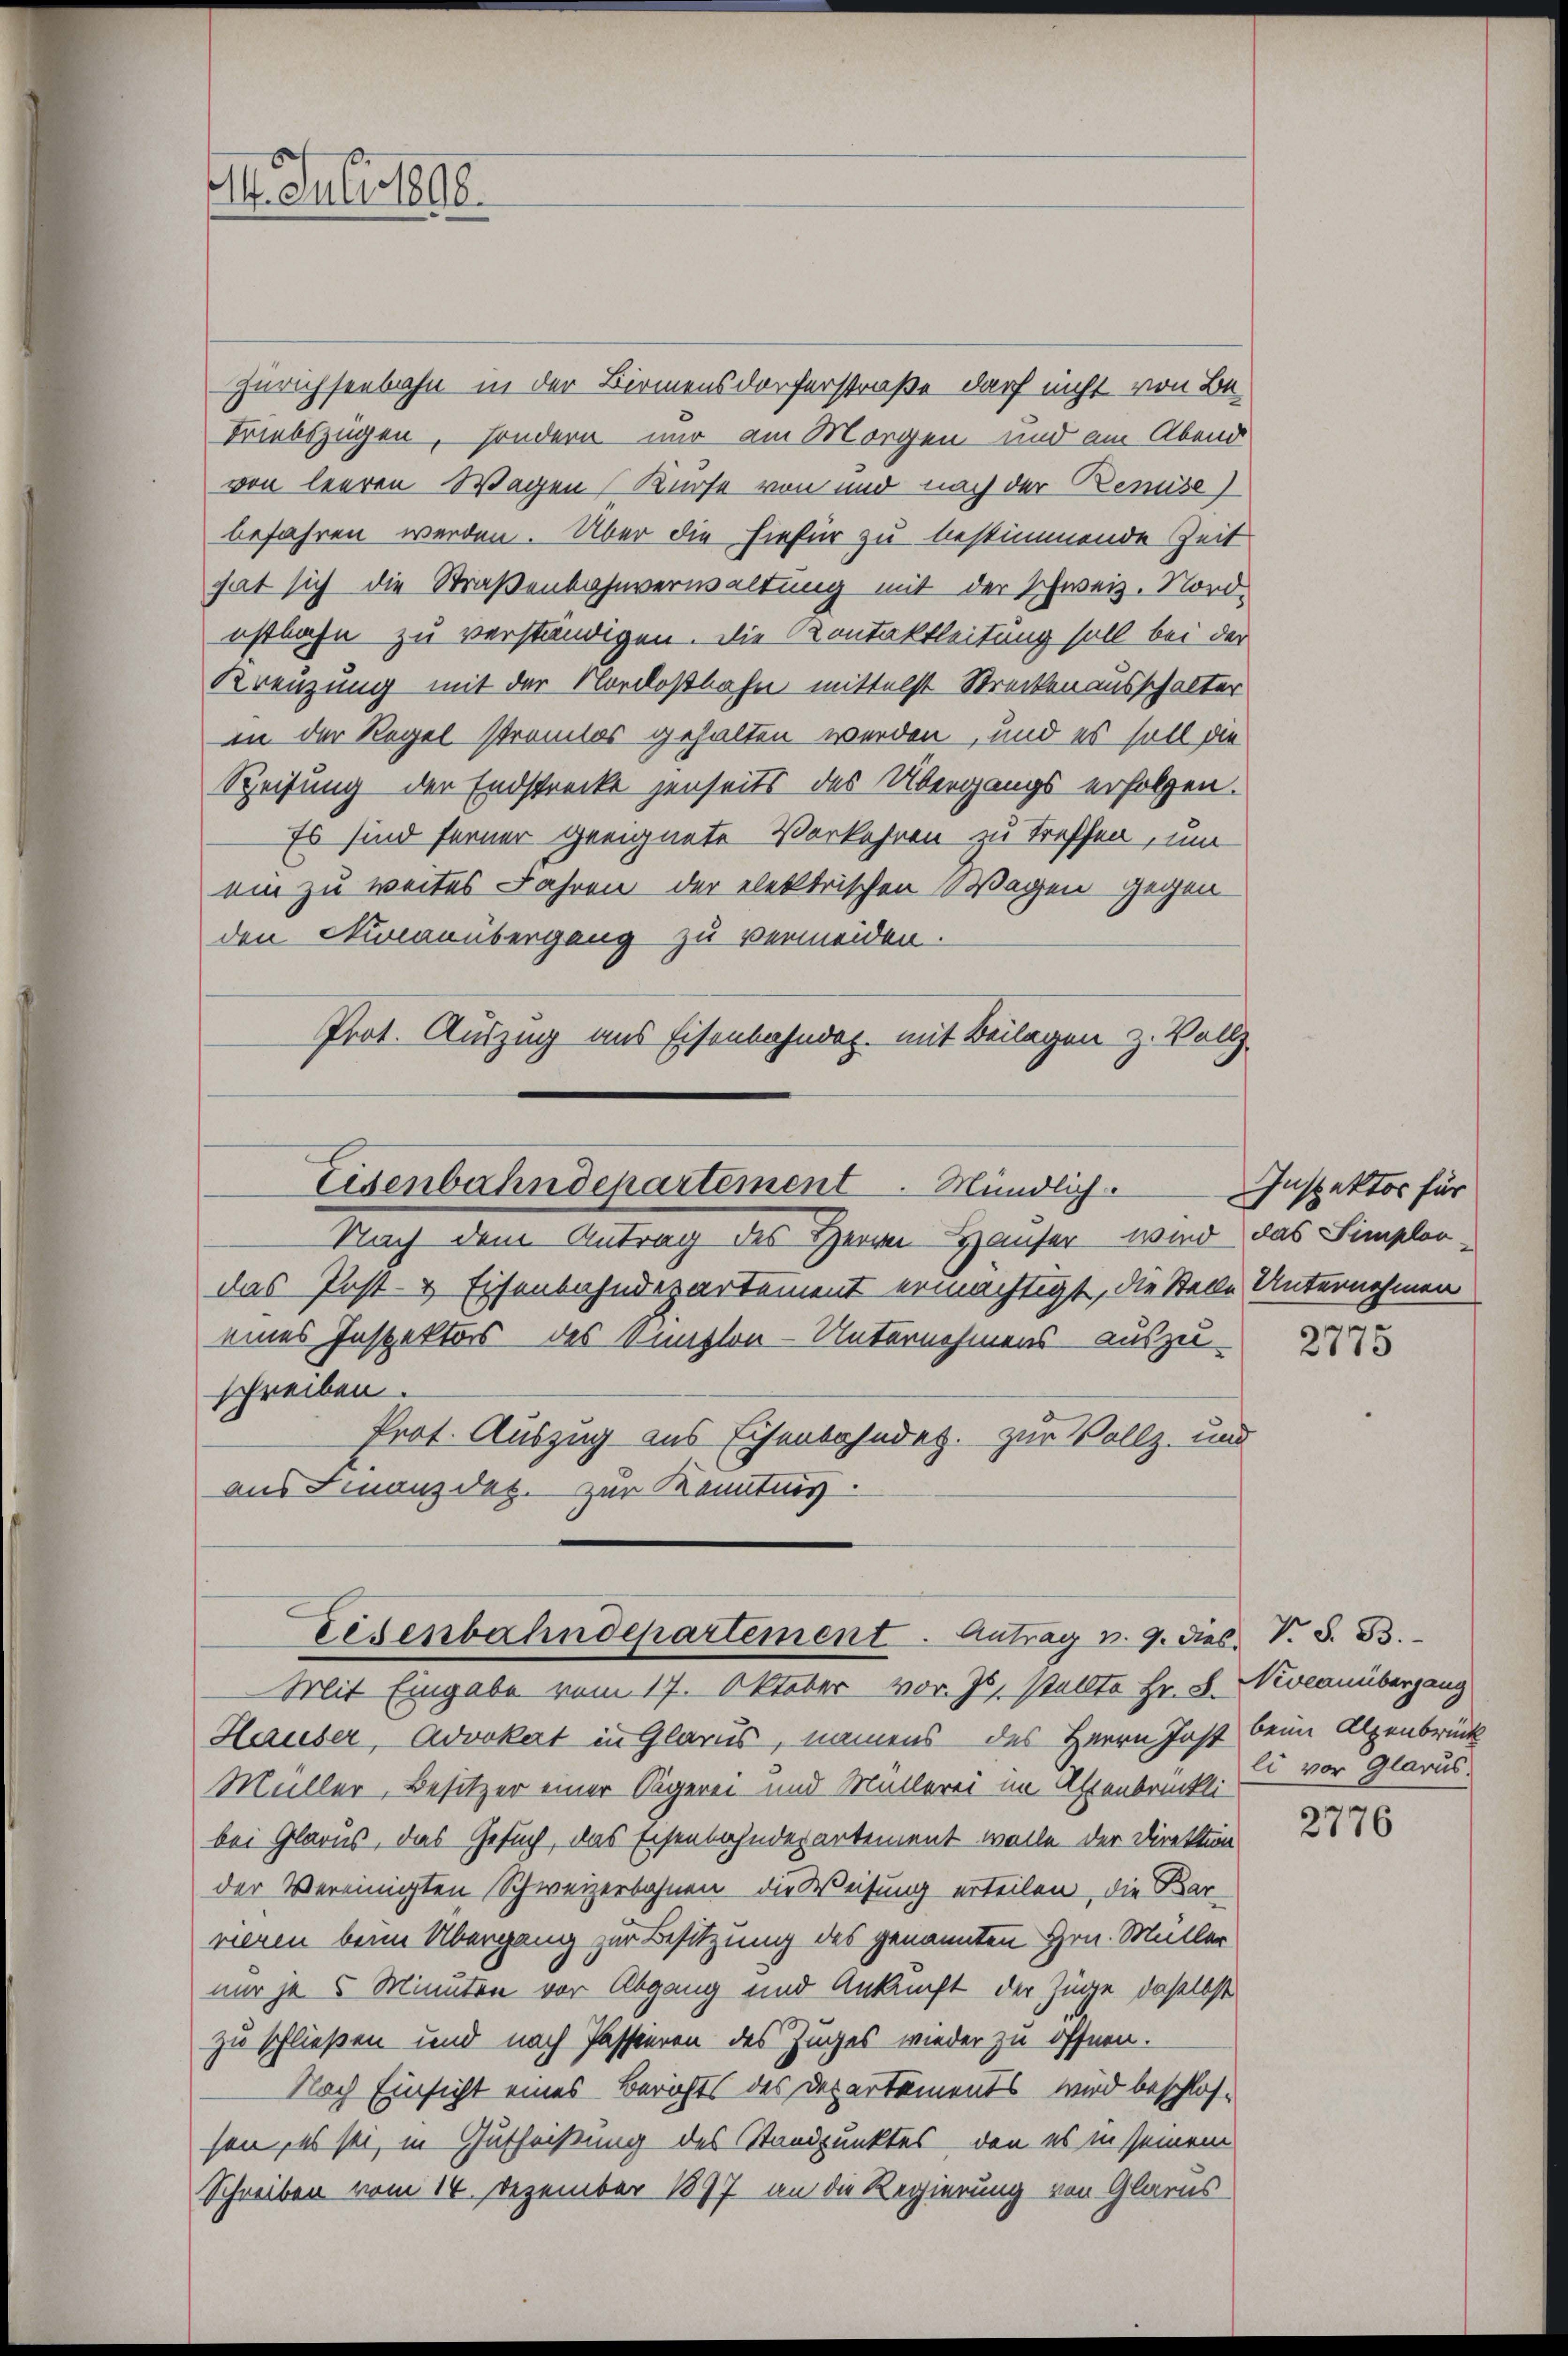
Zürichseebahn in der Birmensdorferstraße darf nicht von Be-
Triebszügen, sondern nur am Morgen und am Abend
von leeren Wagen (Kurse von und nach der Renuse)
befahren werden. Über die hiefür zu bestimmende Zeit
hat sich die Straßenbahnverwaltung mit der Schweiz. Nordestbahn zu verständigen. Die Kontaktleitung soll bei der
Kreuzung mit der Nordostbahn mittelst Strecken ausschalter
in der Regel stramtes gehalten werden, und es soll die
Speisung der Endstrecke jenseits des Übergangs erfolgen.
Es sind ferner geeignete Verkehren zu treffen, um
ein zu weites Jahren der elektrischen Wagen gegen-
den Nuranübergang zu vermeiden.
Prot. Auszug aus Eisenbahnarz, mit Beilagen z. Vollz
Eisenbahndepartement Mündlich.
Nach dem Antrag des Herrn Hauser wird das Simplordas Post- & Eisenbahndepartement ermächtigt, die Stelle Unternehmen
eines Inspektors des Simplon - Unternehmens auszu-
schreiben.
Prot. Auszug aus Eisenbahnder. zur Vollz- und
aus Finanzdet. zur Kenntnis.

II. Juli 1890.

Hauser, Advokert in Glarus, namens des Herrn Jost beim Alpenbrück
Müller, Besitzer einer Sägerei- und Müllerei im Altenbrückli
bei Glarus, das Gesuch, das Eisenbahndepartement wolle der Direktion
der Vereinigten Schweizerbahnen die Weisung erteilen, die Barrieren beim Übergang zur Besitzung des genannten Hrn. Müller
nur je 5 Minuten vor Abgang und Ankunft der Züge, daselbst
zu schließen und nach Passieren des Zuges wieder zu öffnen.
Nach Einsicht eines Berichts des Departements wird beschlossen, es sei, in Gutheißung des Standpunktes, den es in seinem
Schreiben vom 14. Dezember 1897 an die Regierung von Glarus

Eisenbahndepartement. Antrag v. 9. dies. V. S. B.
Mit Eingabe vom 17. Oktober vor. Js. stellte Hr. S.

Inspektor für

2775

Neveanübergang
li vor Glarus.

2776